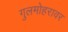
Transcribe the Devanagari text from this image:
गुलमोहरावर